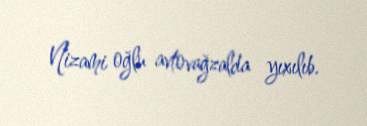
Nizami oğlu avtovağzalda yıxılıb.